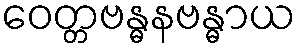
ဝေတ္တဗန္ဓနဗန္ဓာယ